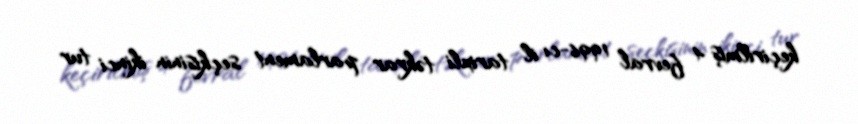
keçirilmiş 4 fevral 1996-cı il tarixli təkrar parlament seçkisinin ikinci tur